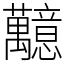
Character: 䖁